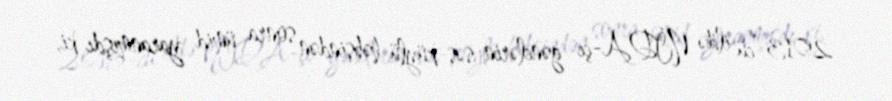
2013-cü ildə NİDA-çı gənclərin səs-küylü həbsindən sonra ümid yaranmışdı ki,